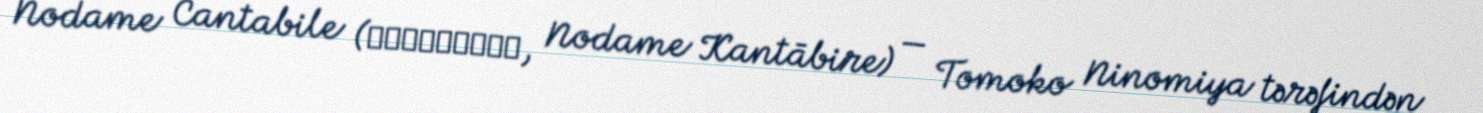
Nodame Cantabile (のだめカンタービレ, Nodame Kantābire) — Tomoko Ninomiya tərəfindən